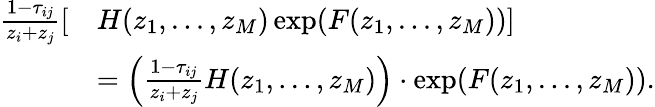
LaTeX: \begin{array}{rl}{\frac{1-\tau_{ij}}{z_{i}+z_{j}}[}&{H(z_{1},...,z_{M})\exp(F(z_{1},...,z_{M}))]}\\ &{=\Big(\frac{1-\tau_{ij}}{z_{i}+z_{j}}H(z_{1},...,z_{M})\Big)\cdot\exp(F(z_{1},...,z_{M})).}\end{array}